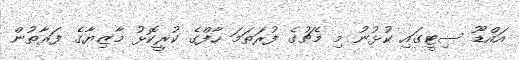
އައްޑޫ ސިޓީގައި ކުޅުނު މި މެޗުގެ ފުރަތަމަ ހާފްގެ ކުރީކޮޅު މާޒިޔާގެ ފަރާތުން